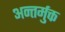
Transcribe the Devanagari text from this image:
अन्तर्मुक्त